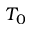
T _ { 0 }